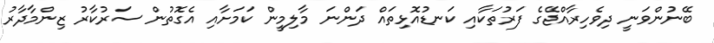
ބޭނުންވަނީ ދިވެހިރާއްޖޭގެ ފަރުތަކާއި ކަނޑުއޮޅިތައް ދަންނަ މާލިމީން ކަމަށާއި އެގޮތުން ސަރުކާރު ޒިންމާދާރު